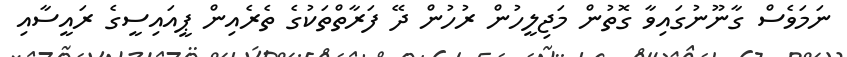
ނަމަވެސް ގާނޫނުގައިވާ ގޮތުން މަޖިލީހުން ރުހުން ދޭ ފަރާތްތަކުގެ ތެރެއިން ޕީއައިސީގެ ރައީސާއި